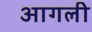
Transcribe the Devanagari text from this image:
आगली